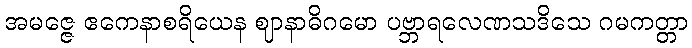
အမဇ္ဇေ ဧကေနာစရိယေန ဈာနာဓိဂမော ပဗ္ဘာရလေဏသဒိသေ ဂမကတ္တာ